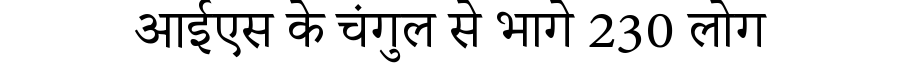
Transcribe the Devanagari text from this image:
आईएस के चंगुल से भागे 230 लोग